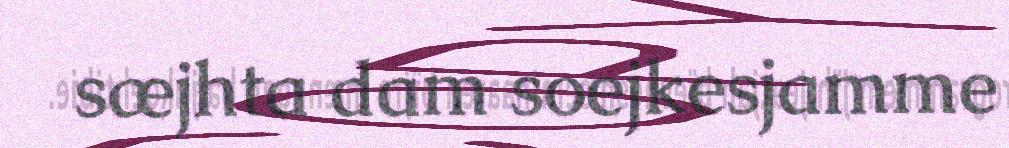
sæjhta dam soejkesjamme